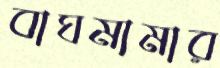
বাঘমামার